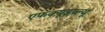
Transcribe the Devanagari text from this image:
एफक्यूडब्ल्यू